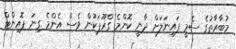
މުބާރާތުގެ ސެމީ ފައިނަލަށް ދާނީ ކޮންމެ ގްރޫޕަކުން ވެސް އެންމެ ގިނަ ޕޮއިންޓް